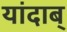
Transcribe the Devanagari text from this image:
यांदाब्